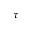
\tau